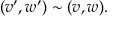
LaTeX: ( v ^ { \prime } , w ^ { \prime } ) \sim ( v , w ) .